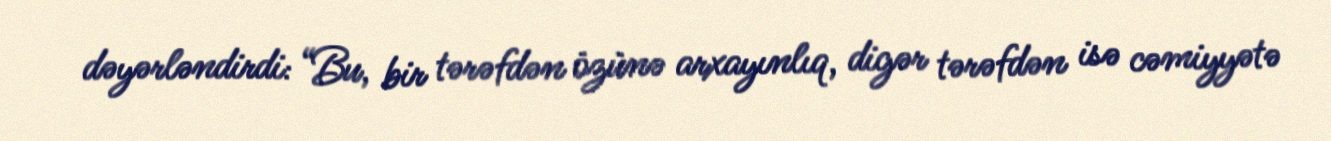
dəyərləndirdi: “Bu, bir tərəfdən özünə arxayınlıq, digər tərəfdən isə cəmiyyətə